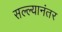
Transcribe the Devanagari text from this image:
सल्ल्यानंतर